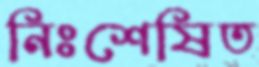
নিঃশেষিত